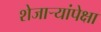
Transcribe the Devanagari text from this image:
शेजाऱ्यांपेक्षा